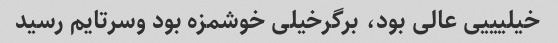
خیلیییی عالی بود، برگرخیلی خوشمزه بود وسرتایم رسید